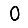
Digit: 0